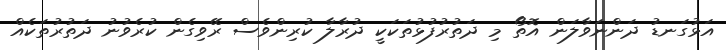
އަޅުގަނޑު ދަންނަވާލަން އޮތޯ މި ދަތުރުފުޅުތަކަކީ ދުރާލާ ކުރިންވެސް ރޭވިގެން ކުރެވުނު ދަތުރުތަކެއް